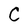
Character: C